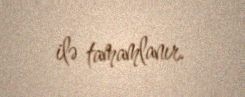
ilə tamamlanır.